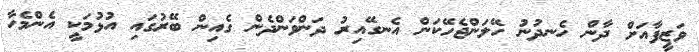
ވަޒީފާއަށް ދާން ހެނދުނު ހޭލަންޖެހޭކަން އެނގޭއިރު ދަންވަންދެން ގެއިން ބޭރުގައި އުޅުމަކީ އެންމެހާ